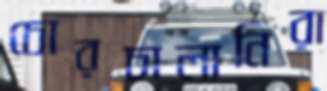
চোরচালানিরা